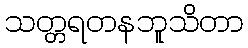
သတ္တရတနဘူသိတာ